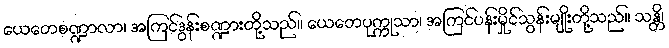
ယေတေစဏ္ဍာလာ၊ အကြင်ဒွန်းစဏ္ဍားတို့သည်။ ယေတေပုက္ကုသာ၊ အကြင်ပန်းမှိုင်သွန်းမျိုးတို့သည်။ သန္တိ၊